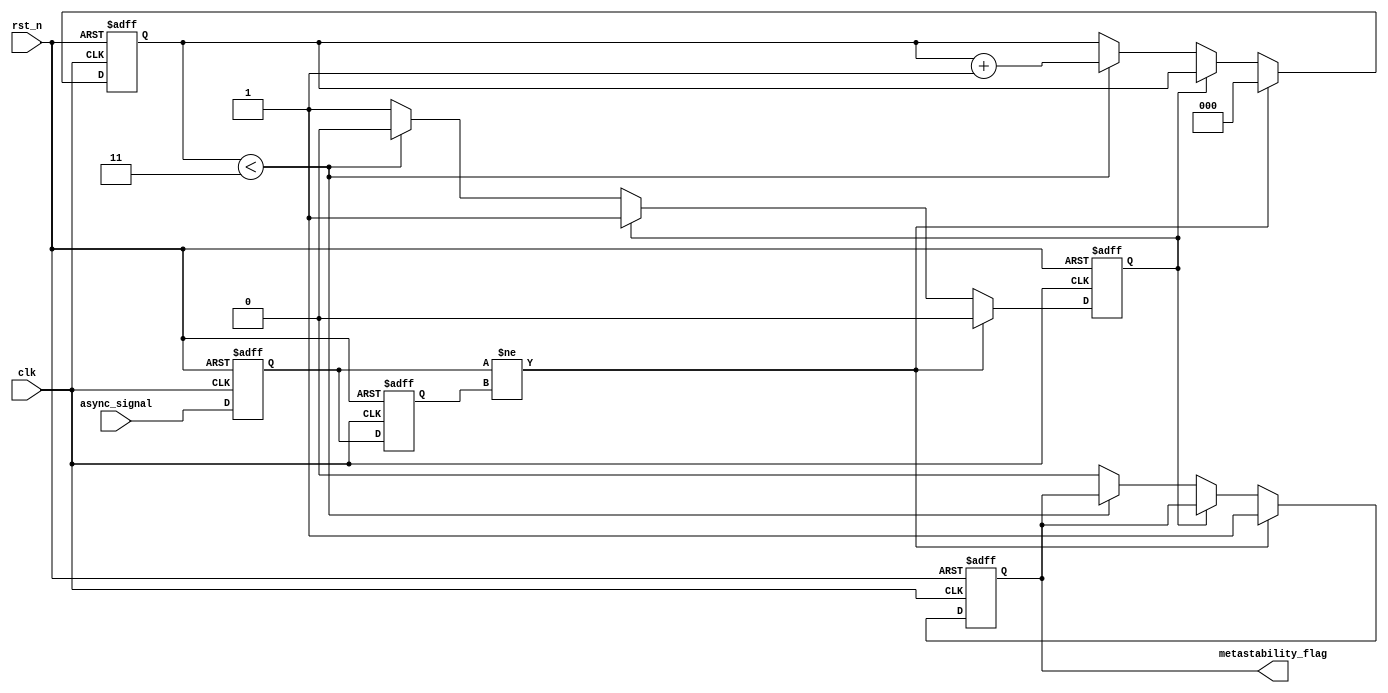
module metastability_detector (
    input wire clk,               // Clock signal
    input wire rst_n,             // Active low reset signal
    input wire async_signal,      // Asynchronous input signal to monitor
    output reg metastability_flag  // Output flag indicating metastability
);

    // Internal signals for latch outputs
    reg latch1_out;
    reg latch2_out;

    // Parameters for metastability detection
    parameter STABLE_TIME = 4;    // Number of clock cycles to check for stability

    // Counter to monitor stability duration
    reg [2:0] stable_counter;       // 3-bit counter for stability check
    reg stable;                     // Flag to indicate stability

    // Latch sampling process
    always @(posedge clk or negedge rst_n) begin
        if (!rst_n) begin
            latch1_out <= 1'b0;
            latch2_out <= 1'b0;
            metastability_flag <= 1'b0;
            stable_counter <= 3'b0;
            stable <= 1'b1;
        end else begin
            // Sample the asynchronous signal
            latch1_out <= async_signal; // Sample on rising edge of clk
            latch2_out <= latch1_out;    // Sample the output of latch1 on next clock edge

            // Check for metastability condition
            if (latch1_out != latch2_out) begin
                metastability_flag <= 1'b1; // Metastability detected
                stable <= 1'b0;              // Set stable flag to false
                stable_counter <= 3'b0;      // Reset counter
            end else if (!stable) begin
                // Increment the stability counter if not stable
                if (stable_counter < STABLE_TIME - 1) begin
                    stable_counter <= stable_counter + 1;
                end else begin
                    stable <= 1'b1;           // Set stable flag to true after stable time
                    metastability_flag <= 1'b0; // Clear metastability flag
                end
            end
        end
    end

endmodule